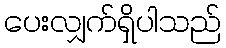
ပေးလျှက်ရှိပါသည်